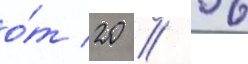
о́т 20 // 06